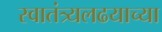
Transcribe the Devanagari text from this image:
स्वातंत्र्यलढयाच्या